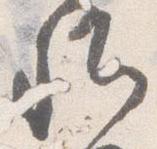
卿